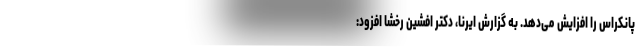
پانکراس را افزایش می‌دهد. به گزارش ایرنا، دکتر افشین رخشا افزود: